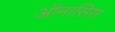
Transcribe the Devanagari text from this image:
ऑनासिस